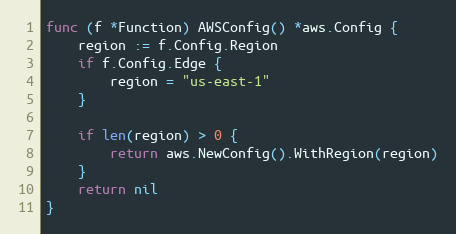
Language: Go
func (f *Function) AWSConfig() *aws.Config {
	region := f.Config.Region
	if f.Config.Edge {
		region = "us-east-1"
	}

	if len(region) > 0 {
		return aws.NewConfig().WithRegion(region)
	}
	return nil
}